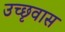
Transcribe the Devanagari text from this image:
उच्छृवास